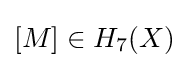
[M]\in H_{7}(X)